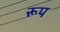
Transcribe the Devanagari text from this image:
रूप